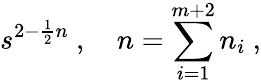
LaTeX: s^{2-\frac{1}{2}n}\ ,\quad n=\sum_{i=1}^{m+2}n_{i}\ ,